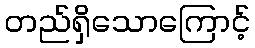
တည်ရှိသောကြောင့်